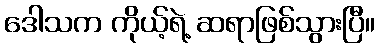
ဒေါသက ကိုယ့်ရဲ့ ဆရာဖြစ်သွားပြီ။